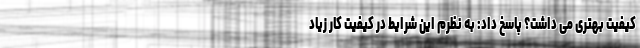
کیفیت بهتری می داشت؟ پاسخ داد: به نظرم این شرایط در کیفیت کار زیاد